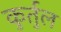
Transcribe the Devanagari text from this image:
कुर्तुल